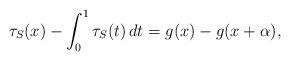
LaTeX: \begin{align*} \tau_S(x) - \int_0^1 \tau_S(t) \, dt = g(x) - g(x+\alpha), \end{align*}